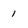
Character: 1